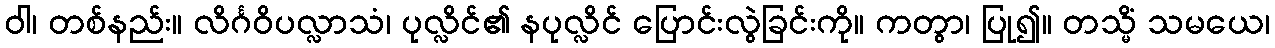
ဝါ၊ တစ်နည်း။ လိင်္ဂဝိပလ္လာသံ၊ ပုလ္လိင်၏ နပုလ္လိင် ပြောင်းလွဲခြင်းကို။ ကတွာ၊ ပြု၍။ တသ္မိံ သမယေ၊